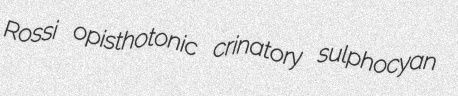
Rossi opisthotonic crinatory sulphocyan